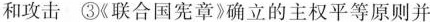
和攻击 ③《联合国宪章》确立的主权平等原则并